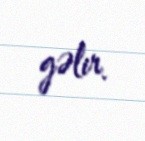
gəlir.